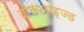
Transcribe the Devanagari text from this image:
वोकलाइज्ड